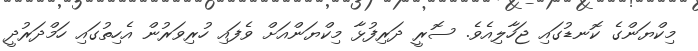
މިކްޔަންގެ ކޮނޑުގައި ޖަހާލިއެވެ. ސޮރީ ދަރިފުޅާ މިކްޔަންއަށް ވެފައި ހުރިވަރުން އެހިތުގައި ހަމްދަރުދީ